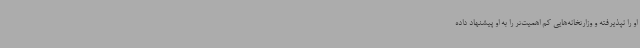
او را نپذیرفته و وزارتخانه‌هایی کم‌ اهمیت‌تر را به او پیشنهاد داده